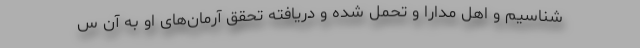
شناسیم و اهل مدارا و تحمل شده و دریافته تحقق آرمان‌های او به آن س